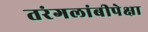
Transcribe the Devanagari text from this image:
तरंगलांबीपेक्षा